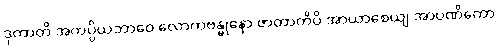
ဒုကာတိ အကပ္ပိယဘာဝေ လောကဗန္ဓုနော ဇာတာတိပိ အာယာစေယျ အာပဏိကော